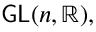
\mathsf { G L } ( n , \mathbb { R } ) ,